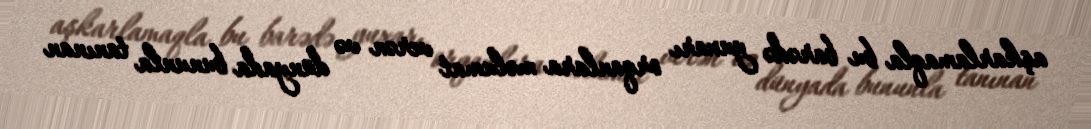
aşkarlamaqla bu barədə yuxarı orqanlara məlumat verən və dünyada bununla tanınan